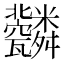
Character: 𦨆